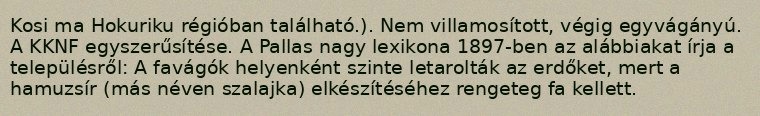
Kosi ma Hokuriku régióban található.). Nem villamosított, végig egyvágányú. A KKNF egyszerűsítése. A Pallas nagy lexikona 1897-ben az alábbiakat írja a településről: A favágók helyenként szinte letarolták az erdőket, mert a hamuzsír (más néven szalajka) elkészítéséhez rengeteg fa kellett.